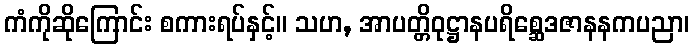
ကံကိုဆိုကြောင်း စကားရပ်နှင့်။ သဟ, အာပတ္တိဝုဋ္ဌာနပရိစ္ဆေဒဇာနနကပညာ၊